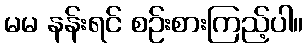
မမ နန်းရင် စဉ်းစားကြည့်ပါ။